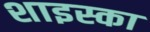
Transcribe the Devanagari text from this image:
शाइस्का